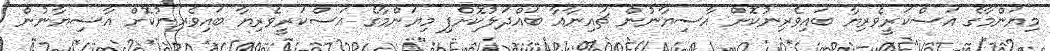
މިޔަންމާގެ އަސްކަރީވެރިޔާ ބައިވެރިނުކޮށް އާސިޔާނުން ޗައިނާއާ ބައްދަލުކޮށްފި މިޔަންމާގެ އަސްކަރީވެރިޔާ ބައިވެރިނުކޮށް އާސިޔާނުން